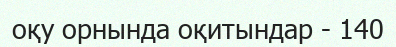
оқу орнында оқитындар - 140